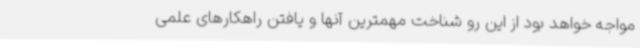
مواجه خواهد بود از این رو شناخت مهمترین آنها و یافتن راهکارهای علمی